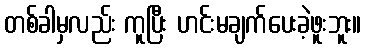
တစ်ခါမှလည်း ကူပြီး ဟင်းမချက်ပေးခဲ့ဖူးဘူး။